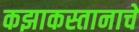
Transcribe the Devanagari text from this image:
कझाकस्तानाचे